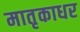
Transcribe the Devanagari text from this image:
मातृकाधर